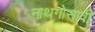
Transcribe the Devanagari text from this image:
नाथगोसावी